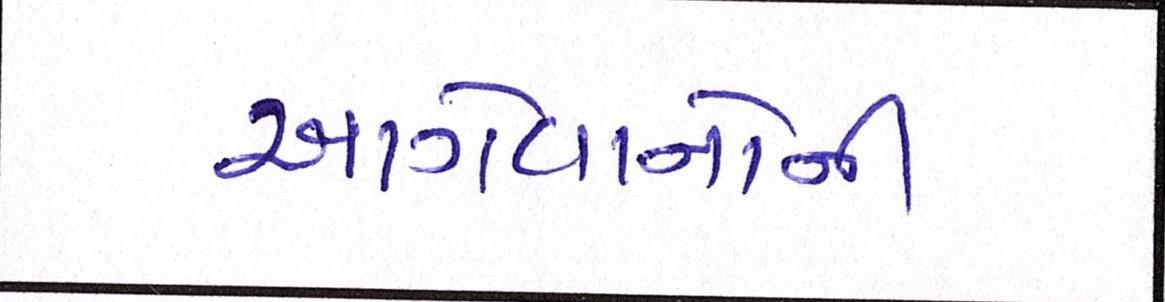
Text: આગેવાનોની